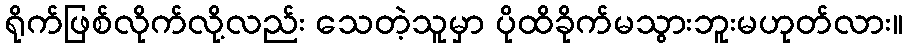
ရိုက်ဖြစ်လိုက်လို့လည်း သေတဲ့သူမှာ ပိုထိခိုက်မသွားဘူးမဟုတ်လား။